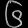
Digit: ၆